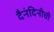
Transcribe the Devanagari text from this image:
दैनंदिनीची